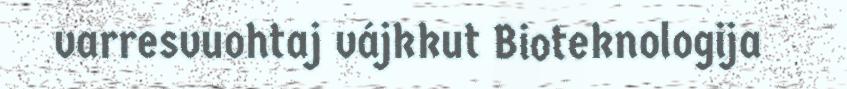
varresvuohtaj vájkkut Bioteknologija